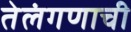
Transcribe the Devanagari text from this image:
तेलंगणाची